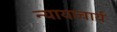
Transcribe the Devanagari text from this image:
न्यायाचार्य